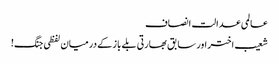
عالمی عدالت انصاف
شعیب اختر اور سابق بھارتی بلے باز کے درمیان لفظی جنگ!